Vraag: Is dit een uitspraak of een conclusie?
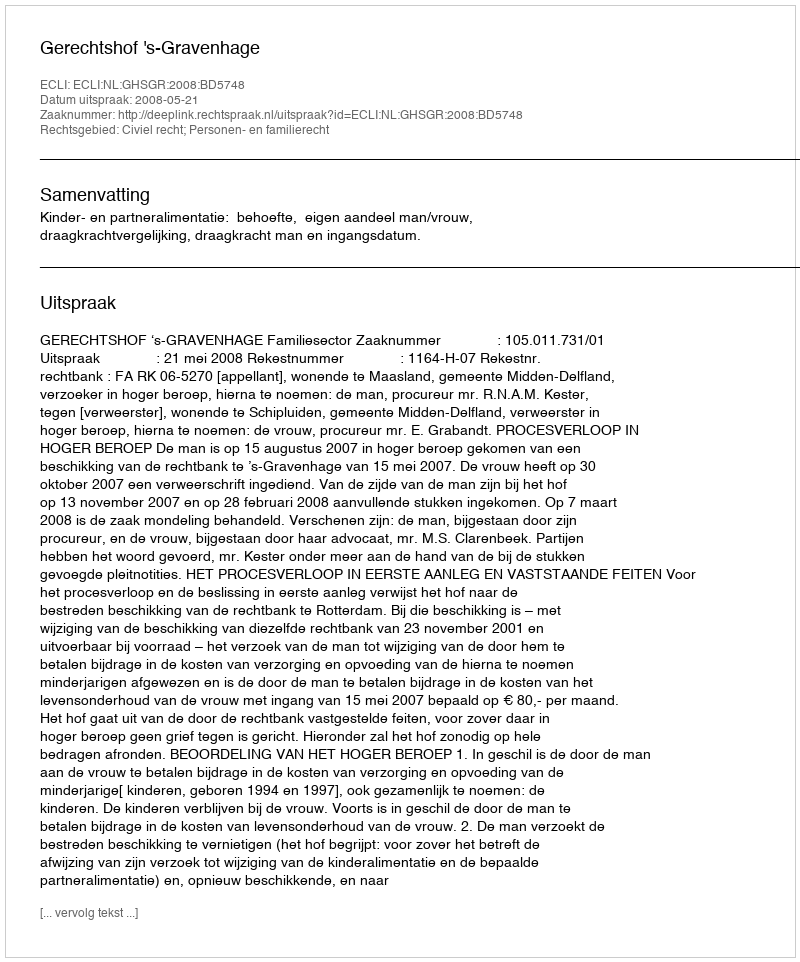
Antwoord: Uitspraak